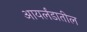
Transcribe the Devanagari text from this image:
आयर्लंडातील